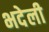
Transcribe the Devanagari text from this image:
भदेली